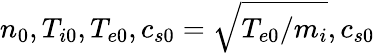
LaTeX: n_{0},T_{i0},T_{e0},c_{s0}=\sqrt{T_{e0}/m_{i}},c_{s0}